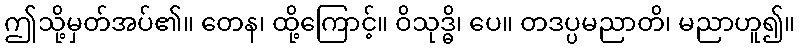
ဤသို့မှတ်အပ်၏။ တေန၊ ထို့ကြောင့်။ ဝိသုဒ္ဓိ၊ ပေ။ တဒပ္ပမညာတိ၊ မညာဟူ၍။